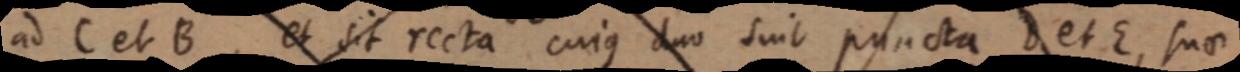
ad C et B, et sit recta cuius duo suit puncta D et E, suae